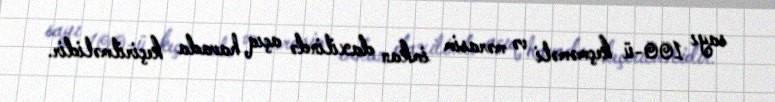
sayı 100-ü keçməməli və mərasim imkan daxilində açıq havada keçirilməlidir.